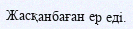
Жасқанбаған ер еді.